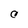
Character: C